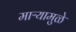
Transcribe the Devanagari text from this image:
माऱ्यामुळे